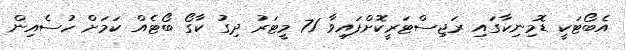
އެބޯޓަކީ ޑޮމިނިކާގައި ރަޖިސްޓަރީކޮށްފައިވާ 71 މީޓަރު ދިގު ކާގޯ ބޯޓެއް ކަމަށް ހުސެއިން